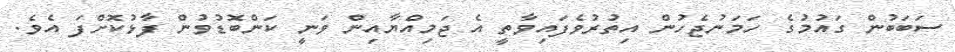
ސަބަބުން ގައުމުގެ ހަމަނުޖެހުން އިތުރުވެފައިވާތީ އެ ޖަމިއްޔާއިން ވަނީ ކަންބޮޑުވުން ފާޅުކޮށްފަ އެވެ.